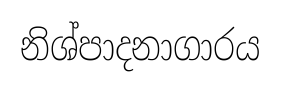
නිශ්පාදනාගාරය